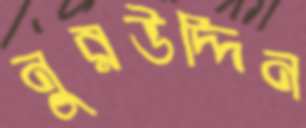
নুরউদ্দিন